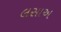
લસાઅ